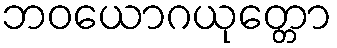
ဘဝယောဂယုတ္တော